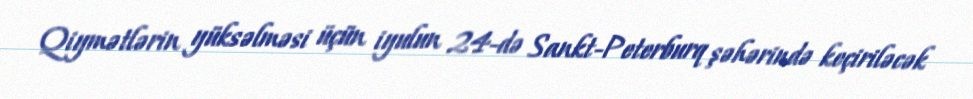
Qiymətlərin yüksəlməsi üçün iyulun 24-də Sankt-Peterburq şəhərində keçiriləcək